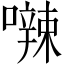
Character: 𪢘